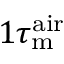
1 \tau _ { \mathrm { m } } ^ { \mathrm { a i r } }